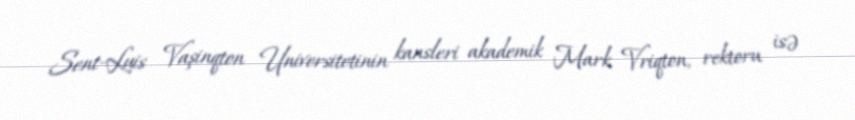
Sent-Luis Vaşinqton Universitetinin kansleri akademik Mark Vriqton, rektoru isə